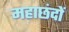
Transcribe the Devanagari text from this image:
महाछंदों